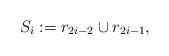
LaTeX: \begin{align*}S_i:=r_{2i-2} \cup r_{2i-1},\end{align*}